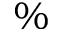
\%